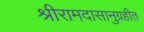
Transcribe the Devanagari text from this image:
श्रीरामदासानुग्रहीत